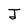
Character: J